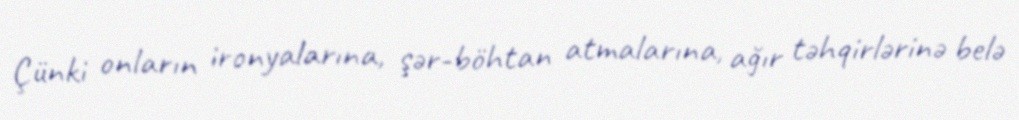
Çünki onların ironyalarına, şər-böhtan atmalarına, ağır təhqirlərinə belə